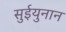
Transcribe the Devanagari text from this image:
सुईयुनान